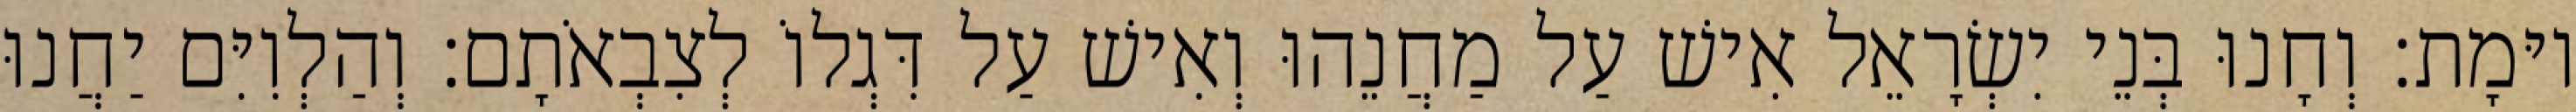
יוּמָת׃ וְחָנוּ בְּנֵי יִשְׂרָאֵל אִישׁ עַל מַחֲנֵהוּ וְאִישׁ עַל דִּגְלוֹ לְצִבְאֹתָם׃ וְהַלְוִיִּם יַחֲנוּ